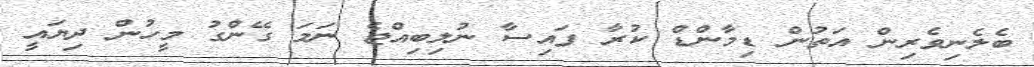
ބެލެނިވެރިން އަތުން ޑިމާންޑް ކުރާ ފައިސާ ނުލިބިއްޖެ ނަމަ ގޭންގު މީހުން ދިޔައީ